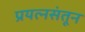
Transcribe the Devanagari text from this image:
प्रयत्‍नसंतून